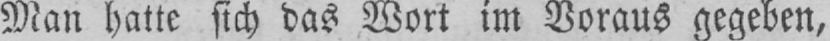
Man hatte sich das Wort im Voraus gegeben,